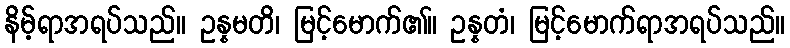
နိမ့်ရာအရပ်သည်။ ဥန္နမတိ၊ မြင့်မောက်၏။ ဥန္နတံ၊ မြင့်မောက်ရာအရပ်သည်။